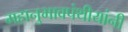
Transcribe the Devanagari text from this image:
महानुभावपंथीयांनी